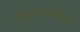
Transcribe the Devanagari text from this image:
फुफुसाखेरीज